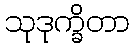
သုဒုက္ခိတာ